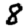
Digit: 8